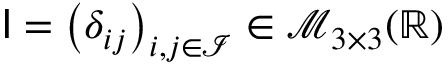
{ \sf I } = \left( \delta _ { i j } \right) _ { i , j \in \mathcal { I } } \in \mathcal { M } _ { 3 \times 3 } ( \mathbb { R } )